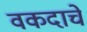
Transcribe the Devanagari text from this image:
वकदाचे